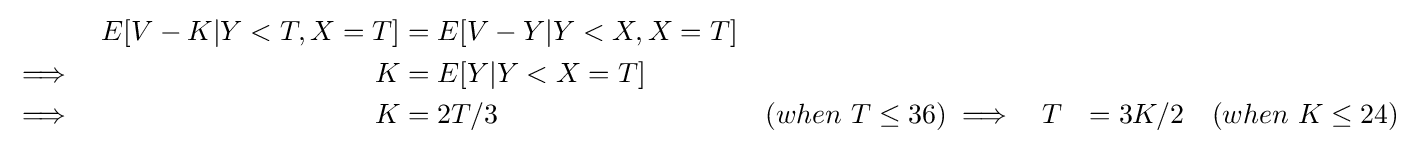
{\begin{aligned}&&E[V-K|Y<T,X=T]&=E[V-Y|Y<X,X=T]\\\implies &&K&=E[Y|Y<X=T]\\\implies &&K&=2T/3&&(when\,\,T\leq 36)\implies &&T&=3K/2&&(when\,\,K\leq 24)\end{aligned}}